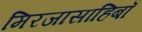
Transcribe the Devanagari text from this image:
मिरजासाहिबाँ